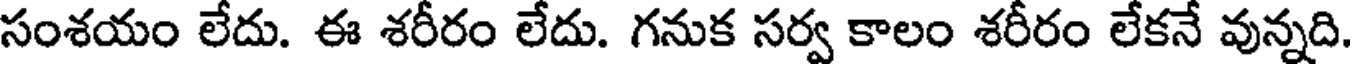
సంశయం లేదు. ఈ శరీరం లేదు. గనుక సర్వ కాలం శరీరం లేకనే వున్నది